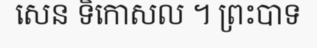
សេន ទិកោសល ។ ព្រះបាទ